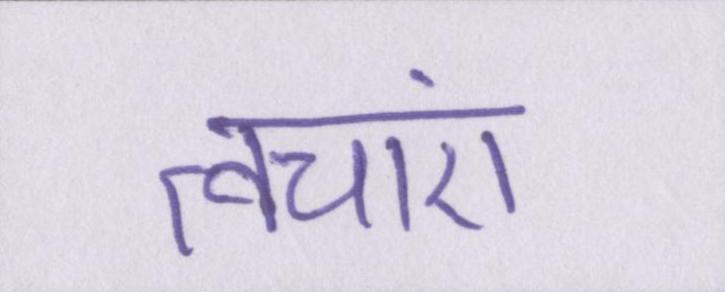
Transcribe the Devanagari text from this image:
त्वचाएं